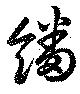
繙